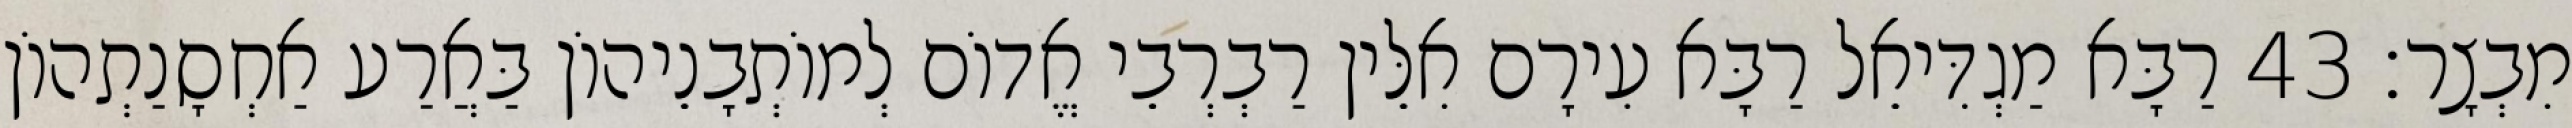
מִבְצָר׃ 43 רַבָּא מַגְדִּיאֵל רַבָּא עִירָם אִלֵּין רַבְרְבֵי אֱדוֹם לְמוֹתְבָנֵיהוֹן בַּאֲרַע אַחְסָנַתְהוֹן